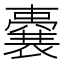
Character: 嚢